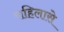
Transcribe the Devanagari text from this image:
राहिलासे